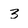
Character: 3